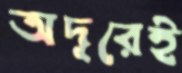
অদূরেই